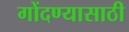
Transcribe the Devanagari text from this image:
गोंदण्यासाठी